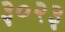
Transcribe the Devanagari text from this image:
३०२३